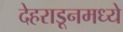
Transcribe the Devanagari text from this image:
देहराडूनमध्ये